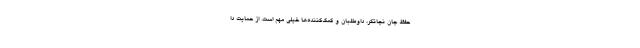
حفظ جان نجاتگر، داوطلبان و کمک‌کننده‌ها خیلی مهم است. از حمایت دا